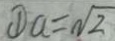
\textcircled { 1 } a = \sqrt { 2 }